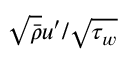
\sqrt { \bar { \rho } } u ^ { \prime } / \sqrt { \tau _ { w } }